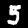
Label: 5